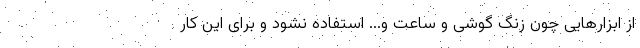
از ابزارهایی چون زنگ گوشی و ساعت و... استفاده نشود و برای این کار